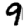
Digit: 9